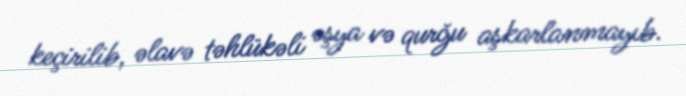
keçirilib, əlavə təhlükəli əşya və qurğu aşkarlanmayıb.